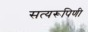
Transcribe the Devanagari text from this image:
सत्यरूपिणी